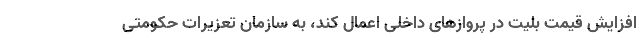
افزایش قیمت بلیت در پروازهای داخلی اعمال کند، به سازمان تعزیرات حکومتی